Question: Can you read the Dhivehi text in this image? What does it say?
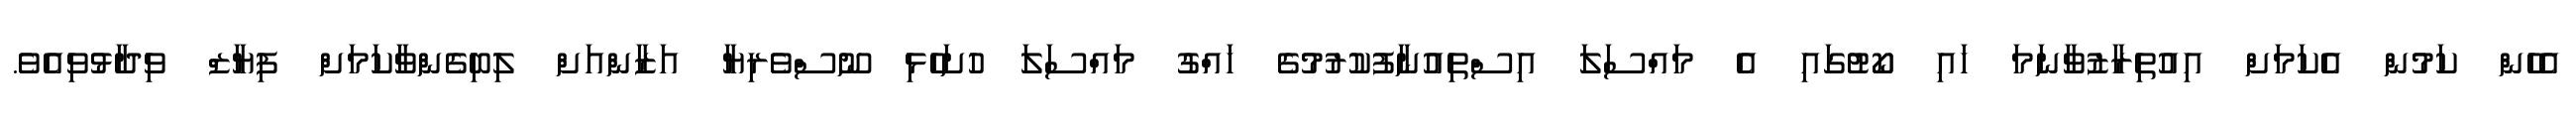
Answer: އެހެން ކަމުން އެކަމަށް އިއުތިރާޒުވާނަމަ ހައި ކޯޓުގައި އެ މައްސަލަ އިސްތިއުނާފުކުރުމުގެ ހައްގު މައްސަލަ ހުށަހެޅި ނޫސްވެރިޔާ އަޒާންއަށް ލިބިގެންވާކަމަށް ފިޔާޒް ވިދާޅުވިއެވެ.